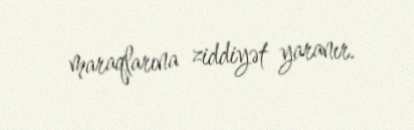
maraqlarına ziddiyət yaranır.